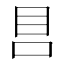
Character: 𰥏